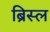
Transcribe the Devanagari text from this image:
ब्रिस्ल